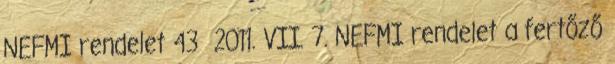
NEFMI rendelet 43 2011. VII. 7. NEFMI rendelet a fertőző